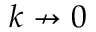
k \nrightarrow 0